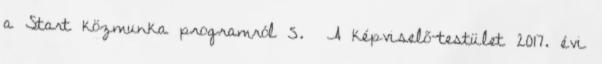
a Start közmunka programról 5. A képviselő-testület 2017. évi